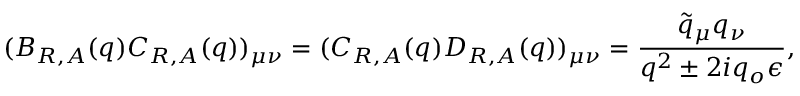
( B _ { R , A } ( q ) C _ { R , A } ( q ) ) _ { \mu \nu } = ( C _ { R , A } ( q ) D _ { R , A } ( q ) ) _ { \mu \nu } = { \frac { \tilde { q } _ { \mu } q _ { \nu } } { q ^ { 2 } \pm 2 i q _ { o } \epsilon } } ,